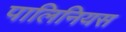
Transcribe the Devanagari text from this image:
पालिनियस